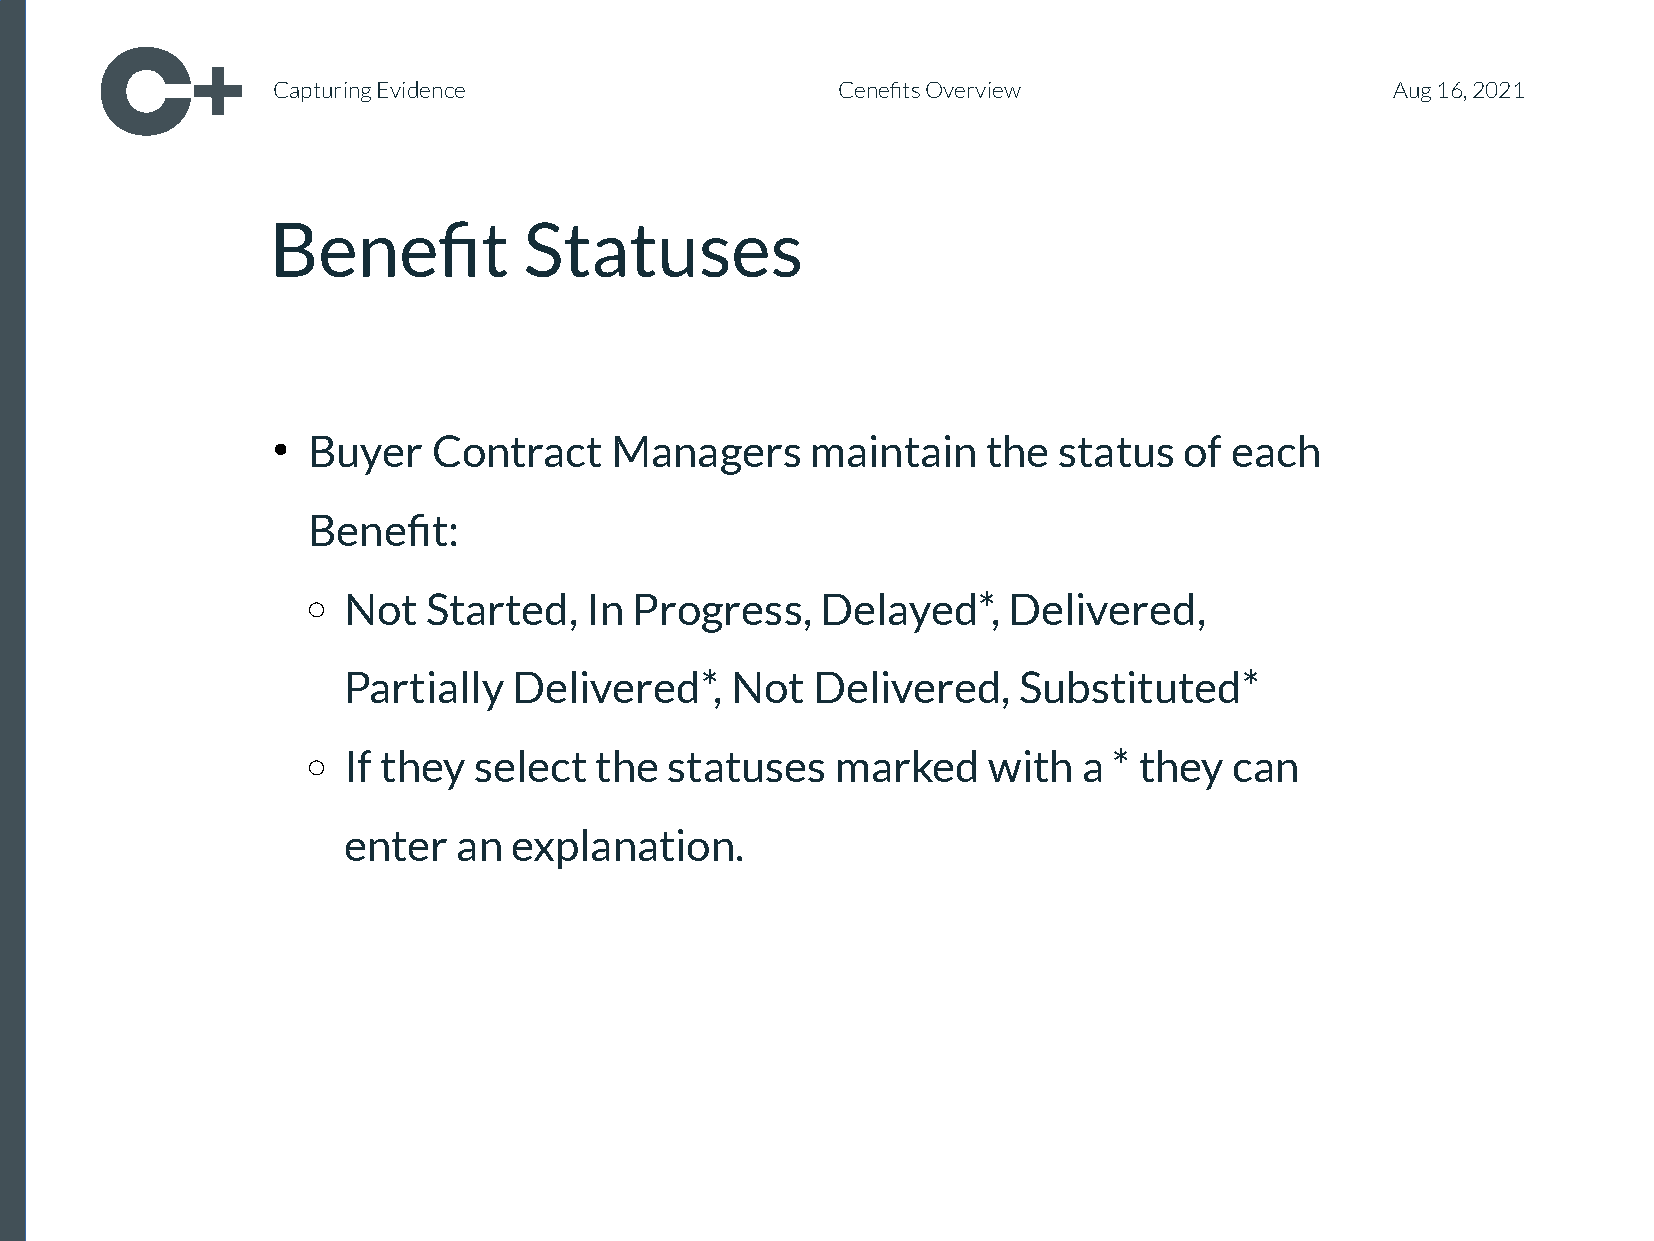
Capturing Evidence                   Cenefits Overview                    Aug 16, 2021
 Benefit          Statuses
 Buyer    Contract   Managers      maintain   the  status  of each
 ●
 <BSeenecfitt:ion_title_1>
 Not  Started,   In Progress,   Delayed*,    Delivered,
 ○
 Partially  Delivered*,   Not   Delivered,   Substituted*
 If they select  the  statuses   marked    with   a * they  can
 ○
 enter  an  explanation.